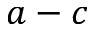
a - c